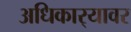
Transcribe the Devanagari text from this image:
अधिकार्‍यावर